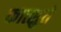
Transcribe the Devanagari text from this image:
कात्सुते